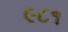
૯૮૧